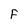
Character: F